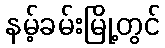
နမ့်ခမ်းမြို့တွင်